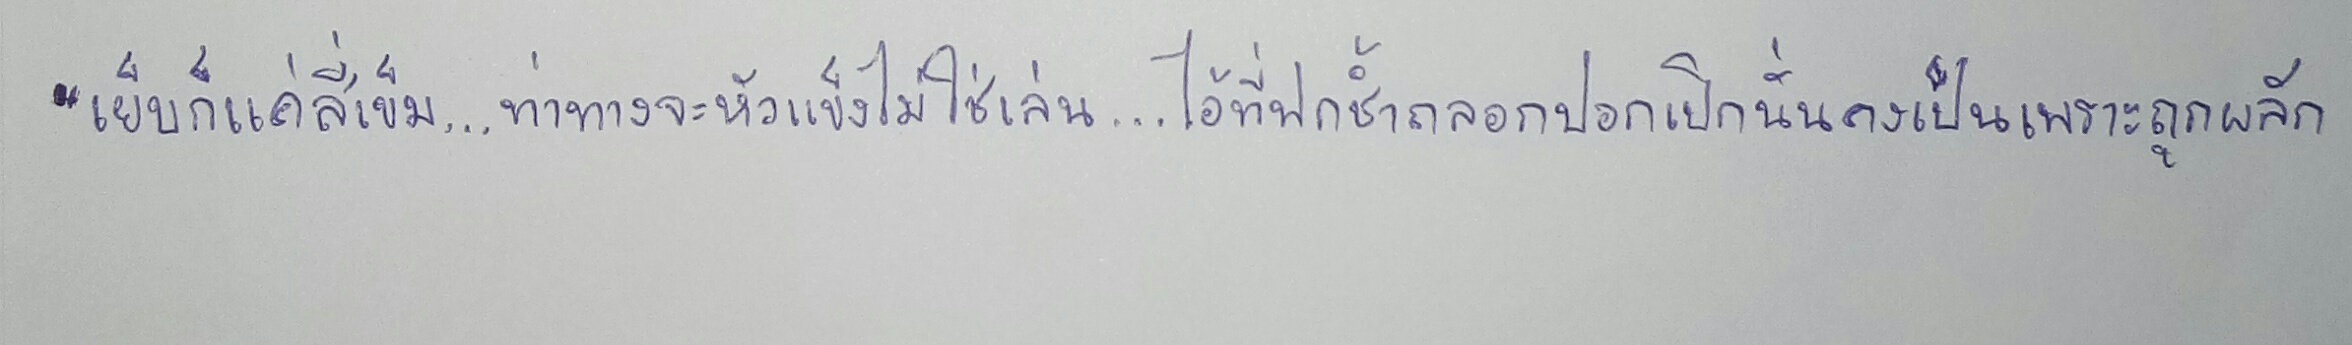
"เย็บก็แค่สี่เข็ม...ท่าทางจะหัวแข็งไม่ใช่เล่น...ไอ้ที่ฟกช้ำถลอกปอกเปิกนั่นคงเป็นเพราะถูกผลัก